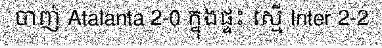
ចាញ់ Atalanta 2-0 ក្នុងផ្ទះ ស្មើ Inter 2-2